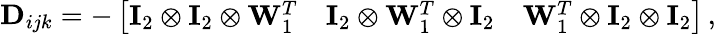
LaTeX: \mathbf D_{ijk}=-\left[\begin{array}{lll}{\mathbf I_{2}\otimes\mathbf I_{2}\otimes\mathbf W_{1}^{T}}&{\mathbf I_{2}\otimes\mathbf W_{1}^{T}\otimes\mathbf I_{2}}&{\mathbf W_{1}^{T}\otimes\mathbf I_{2}\otimes\mathbf I_{2}}\end{array}\right]\, ,